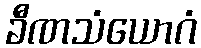
ခီဏသံယောဂံ